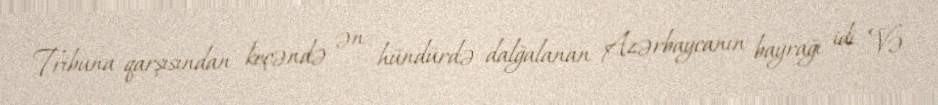
Tribuna qarşısından keçəndə ən hündürdə dalğalanan Azərbaycanın bayrağı idi. Və